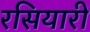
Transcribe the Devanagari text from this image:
रसियारी